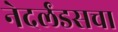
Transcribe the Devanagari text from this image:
नेदर्लंडसचा